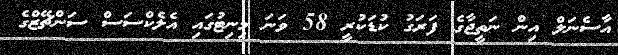
އާސެނަލް އިން ނަތީޖާގެ ފަރަގު ކުޑަކުރީ 58 ވަނަ މިނިޓުގައި އެލެކްސަސް ސަންޗޭޒްގެ